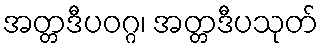
အတ္တဒီပဝဂ္ဂ၊ အတ္တဒီပသုတ်